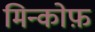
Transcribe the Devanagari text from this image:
मिन्कोफ़